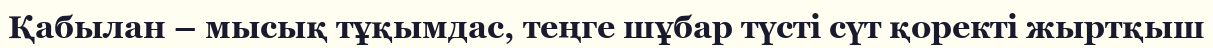
Қабылан – мысық тұқымдас, теңге шұбар түсті сүт қоректі жыртқыш